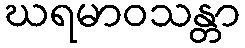
ဃရမာဝသန္တာ